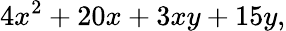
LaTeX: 4x^{2}+20x+3xy+15y,